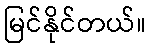
မြင်နိုင်တယ်။